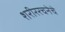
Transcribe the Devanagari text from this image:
शरीररचनेचे